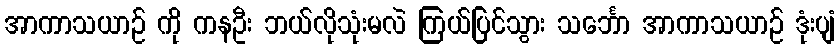
အာကာသယာဉ် ကို ကနဦး ဘယ်လိုသုံးမလဲ ကြယ်ပြင်သွား သင်္ဘော အာကာသယာဉ် ဒုံးပျံ